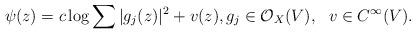
LaTeX: \begin{align*}\psi(z)=c\log\sum|g_j(z)|^2+v(z),g_j\in\mathcal{O}_X(V),~~v\in C^\infty(V).\end{align*}